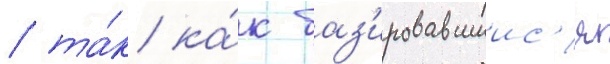
/ та́к ка́к баз'ировавшиис'я